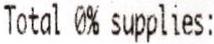
TOTAL 0% SUPPLIES: